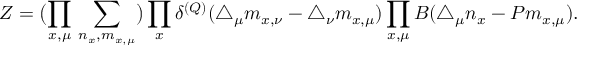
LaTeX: Z = \bigl ( \prod _ { x , \mu } \, \sum _ { n _ { x } , m _ { x , \mu } } \bigr ) \prod _ { x } \delta ^ { ( Q ) } ( \triangle _ { \mu } m _ { x , \nu } - \triangle _ { \nu } m _ { x , \mu } ) \prod _ { x , \mu } B ( \triangle _ { \mu } n _ { x } - P m _ { x , \mu } ) .